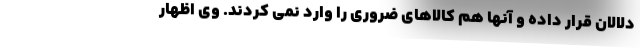
دلالان قرار داده و آنها هم کالاهای ضروری را وارد نمی کردند. وی اظهار